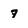
Character: 7